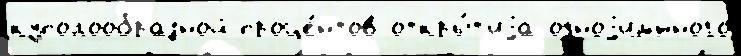
куполообразной проце́нтов откры́т'иjа одноjим'́нного